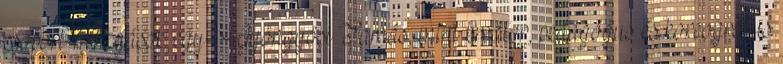
csoport-mozgások egy- Gyöngyösi Tamás, mint kreátor, pedagógus és koreográfus